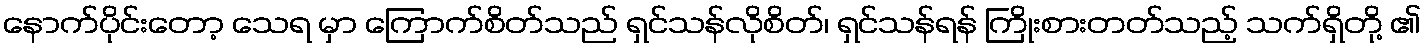
နောက်ပိုင်းတော့ သေရ မှာ ကြောက်စိတ်သည် ရှင်သန်လိုစိတ်၊ ရှင်သန်ရန် ကြိုးစားတတ်သည့် သက်ရှိတို့ ၏